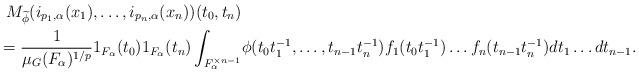
LaTeX: \begin{align*}M_{\widetilde{\phi}} (i_{p_1, \alpha}(x_1),\ldots,i_{p_n, \alpha}(x_n)) (t_0,t_{n}) & \\ =\frac{1}{\mu_G(F_\alpha)^{1/p}} 1_{F_\alpha}(t_0)1_{F_\alpha}(t_n) \int_{F_\alpha^{\times n-1}} & \phi(t_0t_1^{-1},\ldots, t_{n-1}t_n^{-1}) f_1(t_0t_1^{-1})\ldots f_n(t_{n-1}t_n^{-1}) dt_1 \ldots dt_{n-1}.\end{align*}